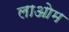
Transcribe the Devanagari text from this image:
लाओम